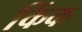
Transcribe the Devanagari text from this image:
किंक